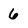
Character: 6